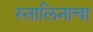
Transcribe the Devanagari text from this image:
स्तालिनाचा